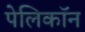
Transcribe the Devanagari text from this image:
पेलिकॉन